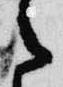
之